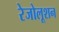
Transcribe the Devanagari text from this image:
रेजोलूशन